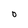
Character: O